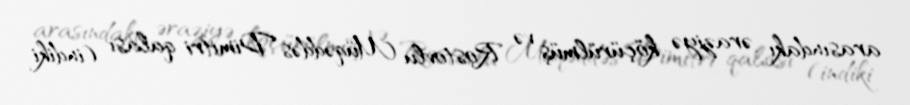
arasındakı əraziyə köçürülmüş və Rostovlu Müqəddəs Dimitri qalası (indiki